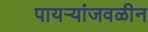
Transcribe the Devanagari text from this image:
पायऱ्यांजवळीन